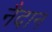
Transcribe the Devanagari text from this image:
नैदान